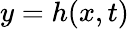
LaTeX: y=h(x,t)